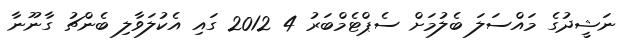
ނަޝީދުގެ މައްސަލަ ބެލުމަށް ސެޕްޓެމްބަރު 4 2012 ގައި އެކުލަވާލި ބެންޗު ގާނޫނާ